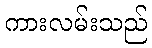
ကားလမ်းသည်